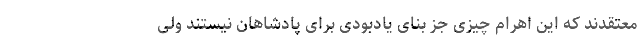
معتقدند که این اهرام چیزی جز بنای یادبودی برای پادشاهان نیستند ولی